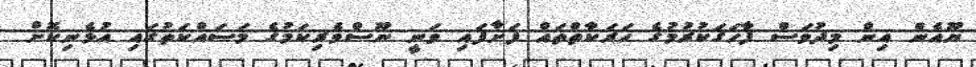
ޔޫއެން އިން މިދުވަސް ފާހަގަކުރުމުގެ ހަރަކާތްތައް ފަށާފައި ވަނީ ނޫސްވެރިކަމުގެ މަސައްކަތުގައި އުޅެނިކޮށް